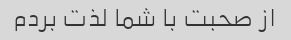
از صحبت با شما لذت بردم